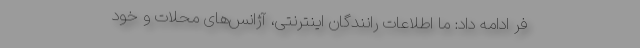
فر ادامه داد: ما اطلاعات رانندگان اینترنتی، آژانس‌های محلات و خود